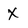
Character: X